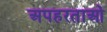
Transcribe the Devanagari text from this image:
अपहरताओं